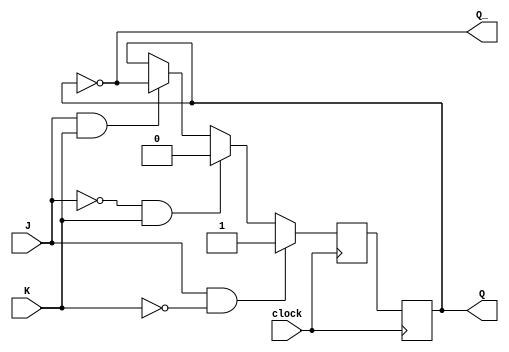
module jk_flipflop (
    input J,
    input K,
    input clock,
    output reg Q,
    output reg Q_
);

// Internal signals to calculate the next state of Q and Q'
reg Q_next;
reg Q_next_;

always @(posedge clock) begin
    if (J && ~K) begin
        Q_next = 1;
    end else if (~J && K) begin
        Q_next = 0;
    end else if (J && K) begin
        Q_next = ~Q;
    end else begin
        Q_next = Q;
    end
end

always @(posedge clock) begin
    Q = Q_next;
end

assign Q_ = ~Q;

endmodule